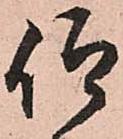
仰